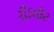
રીડાઉટ